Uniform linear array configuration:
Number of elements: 24
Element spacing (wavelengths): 1
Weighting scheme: blackman
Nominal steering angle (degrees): -15
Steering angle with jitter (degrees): -16.048
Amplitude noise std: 0.05
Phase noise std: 0.05

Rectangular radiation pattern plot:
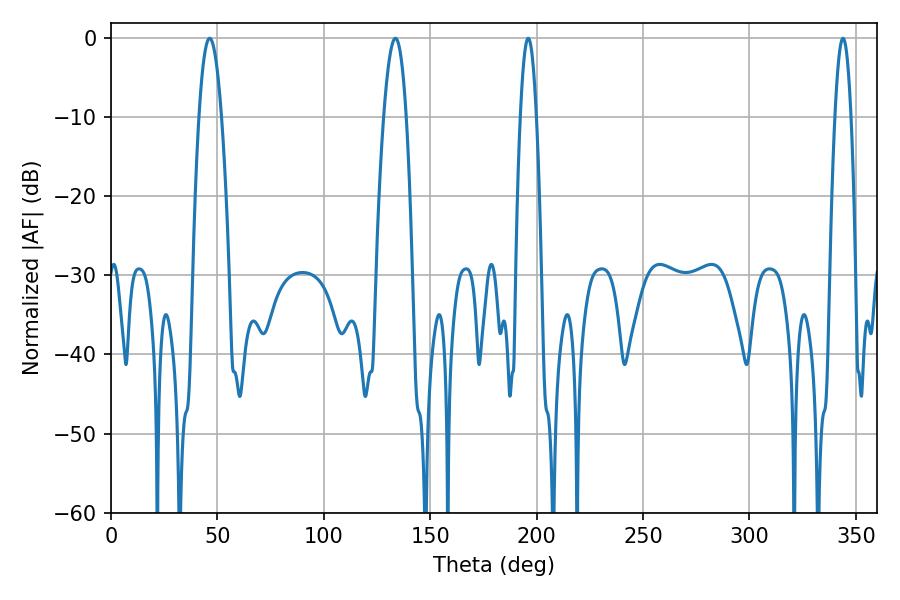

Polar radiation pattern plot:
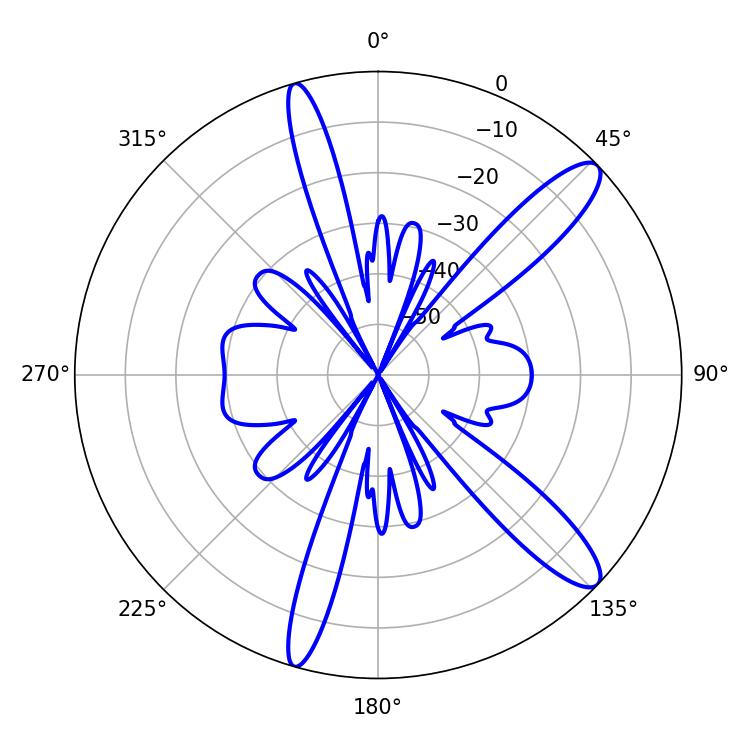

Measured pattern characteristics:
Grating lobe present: TRUE
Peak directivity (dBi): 12.409
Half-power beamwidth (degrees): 4.14
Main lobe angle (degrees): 196.02